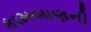
કામબાણની